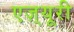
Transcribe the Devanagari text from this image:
एज़्यूरी